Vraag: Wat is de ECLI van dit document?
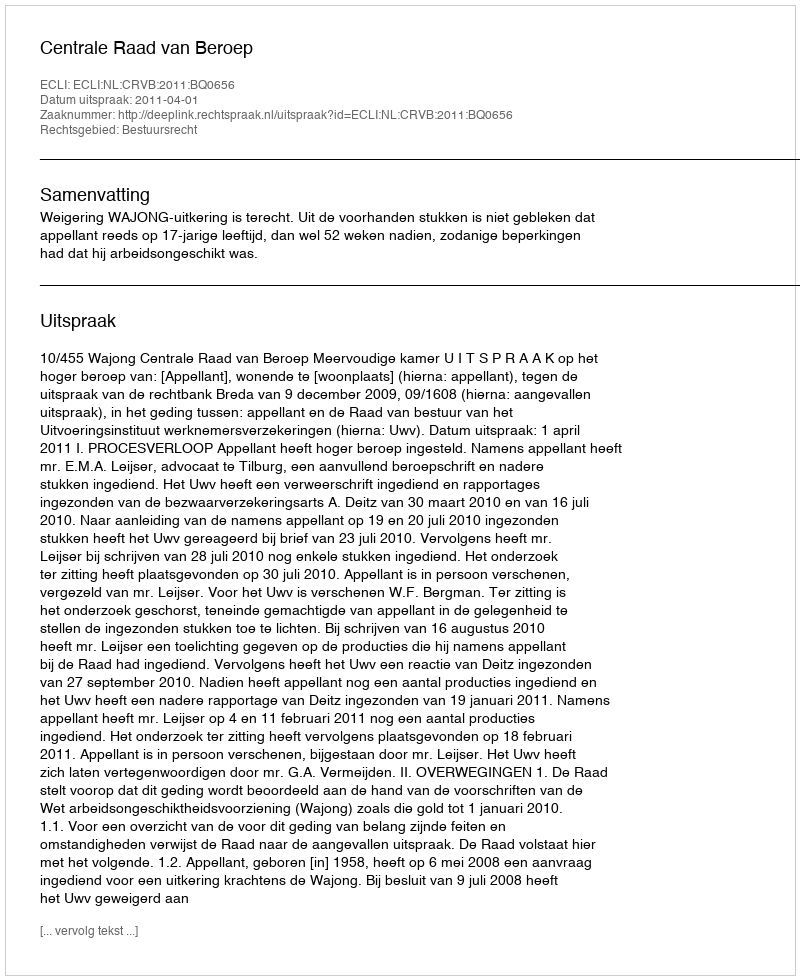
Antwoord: ECLI:NL:CRVB:2011:BQ0656